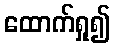
ထောက်ရှု၍